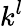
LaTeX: k^{l}